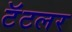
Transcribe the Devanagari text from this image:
टॅटलर